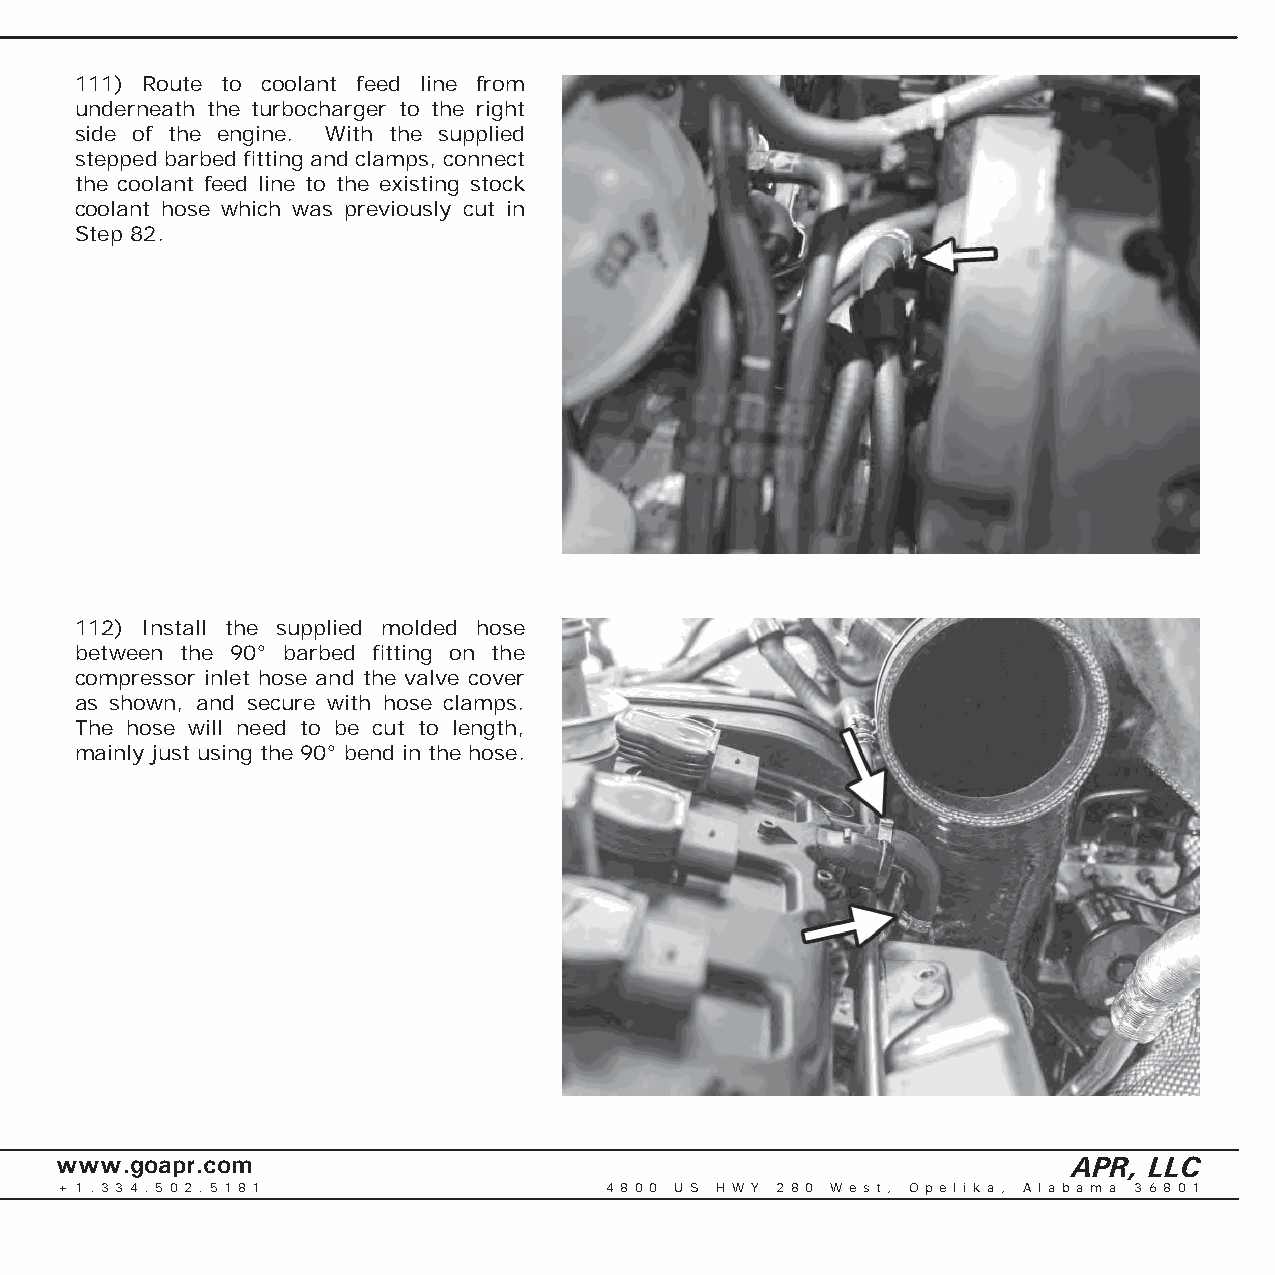
111) Route to coolant feed line from
 underneath the turbocharger to the right
 side of the engine. With the supplied
 stepped barbed fi tting and clamps, connect
 the coolant feed line to the existing stock
 coolant hose which was previously cut in
 Step 82.
 112) Install the supplied molded hose
 between the 90° barbed fi tting on the
 compressor inlet hose and the valve cover
 as shown, and secure with hose clamps.
 The hose will need to be cut to length,
 mainly just using the 90° bend in the hose.
 www.goapr.com                                                      APR, LLC
 + 1 . 3 3 4 . 5 0 2 . 5 1 8 1       4 8 0 0 U S H W Y 2 8 0 We s t , O p e l i k a , A l a b a m a 3 6 8 0 1